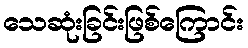
သေဆုံးခြင်းဖြစ်ကြောင်း